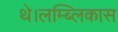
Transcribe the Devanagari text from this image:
थे।लम्ब्लिकास